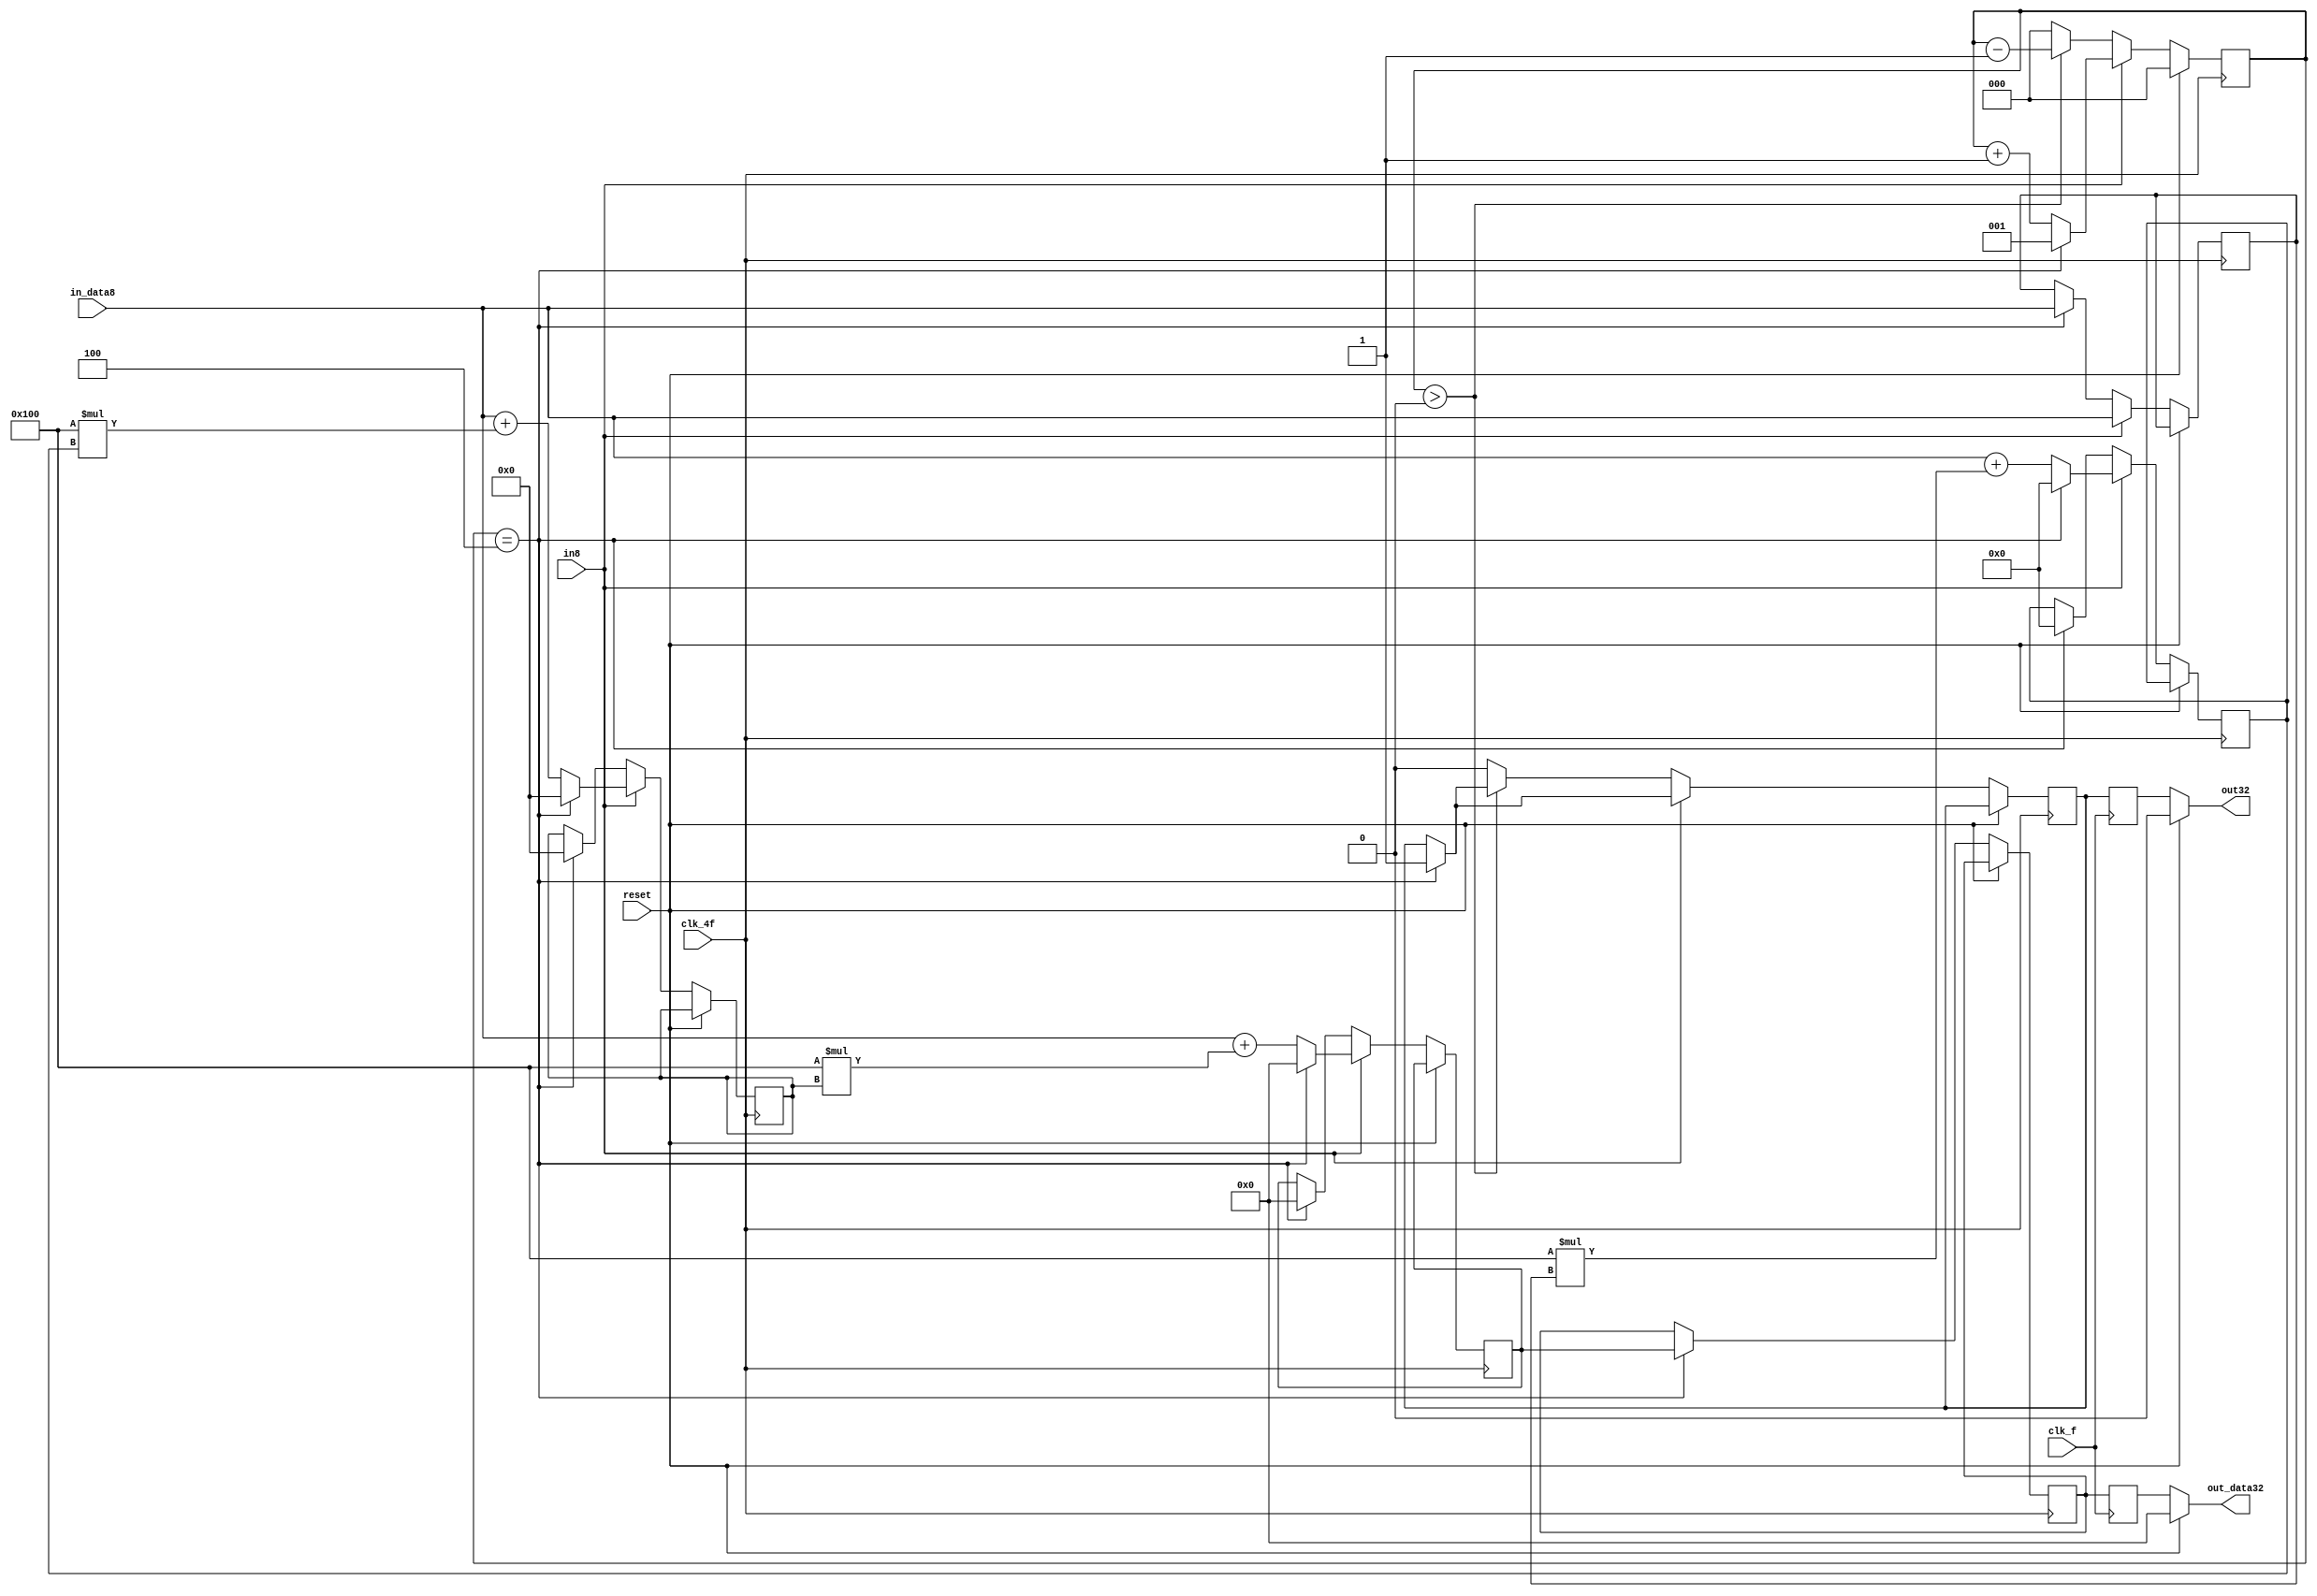
module conv8_32(
		output reg [31:0] out_data32,
		output reg 	  out32,
		input 		  clk_4f,
		input 		  clk_f,
		input 		  reset, 
		input [7:0] 	  in_data8,
		input 		  in8);

   reg [2:0] 			  counter = 2'b0;
   reg [7:0] 			  memory_0 = 8'b0;
   reg [15:0] 			  memory_1 = 16'b0;
   reg [23:0] 			  memory_2 = 24'b0;
   reg [31:0] 			  memory_3 = 32'b0;
   reg [31:0] 			  memory_4 = 32'b0;
   reg [31:0] 			  memory_5 = 32'b0;
   reg 				  new_fv = 0;
   reg 				  fv = 0;

   always @(posedge clk_4f)begin
      if (reset == 1)begin
	 	counter <= 0;
      end else begin
	 if (in8 == 0) begin
	    if (counter == 4)begin
	       memory_0<=in_data8;
               memory_1<=0;
               memory_2<=0;
               memory_3<=0;
               memory_4<=memory_3;
               new_fv<=1;
	    end
	    if (counter > 0)begin
	       counter <= counter-1;
	    end else begin
	       new_fv <= 0;
	       counter <= 0;
	    end
	 end else begin // if (in8 == 0)
	    if (counter == 4) begin
	       memory_0<=in_data8;
               memory_1<=0;
               memory_2<=0;
               memory_3<=0;
               memory_4<=memory_3;
               counter<=3'b1;
               new_fv<=1;  
	    end else begin
	       memory_0 <= in_data8;
	       memory_1<=in_data8+256*memory_0;
	       memory_2<=in_data8+256*memory_1;
	       memory_3<=in_data8+256*memory_2;
	       
	       counter <= counter+1;
	    end
	 end	
      end // else: !if(reset == 1)
   end // always @ (posedge clk_4f)

   always @(posedge clk_f) begin
      fv <= new_fv;
      memory_5 <= memory_4;
   end

   always @(*) begin
      out_data32 = 32'b0;
      out32 = 0;
      if (reset == 1) begin
	 out32 = 0;
	 out_data32 = 32'b0;
      end else begin
	 out_data32 = memory_5;
	 out32 = fv;
      end
   end // always @ (*)

endmodule // conv8_32